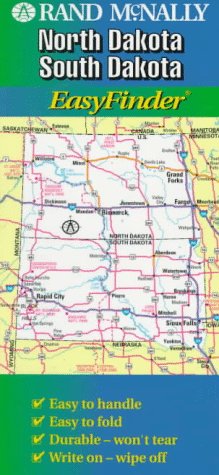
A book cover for North/South Dakota (EasyFinder); Rand McNally Staff; Travel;